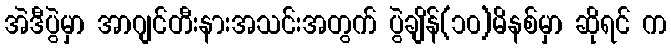
အဲဒီပွဲမှာ အာဂျင်တီးနားအသင်းအတွက် ပွဲချိန်(၁၀)မိနစ်မှာ ဆိုရင် က